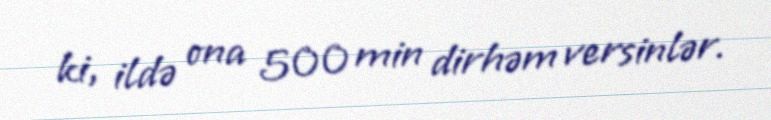
ki, ildə ona 500 min dirhəm versinlər.